Document type: Sale
Year: 1355
Scribe: Pere Borrell
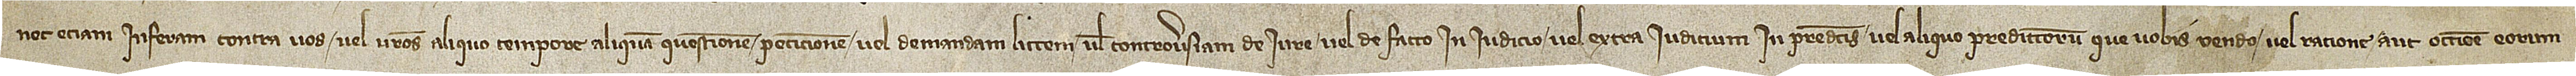
nec etiam inferam contra vos vel vestros aliquo tempore aliquam questionem, peticionem vel demandam, littem vel controversiam, de iure vel de facto, in iudicio vel extra iudicium, in predictis vel aliquo predictorum que vobis vendo vel ratione aut occasione eorum.